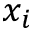
x _ { i }